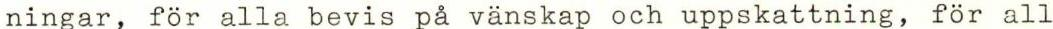
ningar, för alla bevis på vänskap och uppskattning, för all